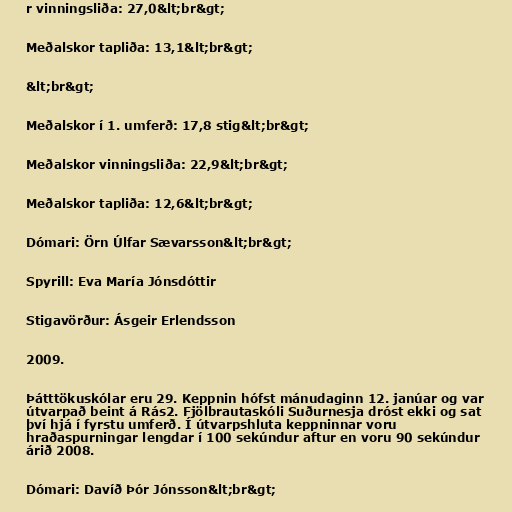
r vinningsliða: 27,0&lt;br&gt;

Meðalskor tapliða: 13,1&lt;br&gt;

&lt;br&gt;

Meðalskor í 1. umferð: 17,8 stig&lt;br&gt;

Meðalskor vinningsliða: 22,9&lt;br&gt;

Meðalskor tapliða: 12,6&lt;br&gt;

Dómari: Örn Úlfar Sævarsson&lt;br&gt;

Spyrill: Eva María Jónsdóttir

Stigavörður: Ásgeir Erlendsson

2009.

Þátttökuskólar eru 29. Keppnin hófst mánudaginn 12. janúar og var
útvarpað beint á Rás2. Fjölbrautaskóli Suðurnesja dróst ekki og sat
því hjá í fyrstu umferð. Í útvarpshluta keppninnar voru
hraðaspurningar lengdar í 100 sekúndur aftur en voru 90 sekúndur
árið 2008.

Dómari: Davíð Þór Jónsson&lt;br&gt;